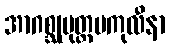
အာဂစ္ဆုမုတ္တမကုလီနာ